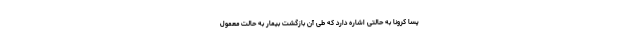
پسا کرونا به حالتی اشاره دارد که طی آن بازگشت بیمار به حالت معمول